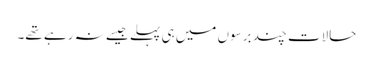
حالات چند برسوں میں ہی پہلے جیسے نہ رہے تھے۔